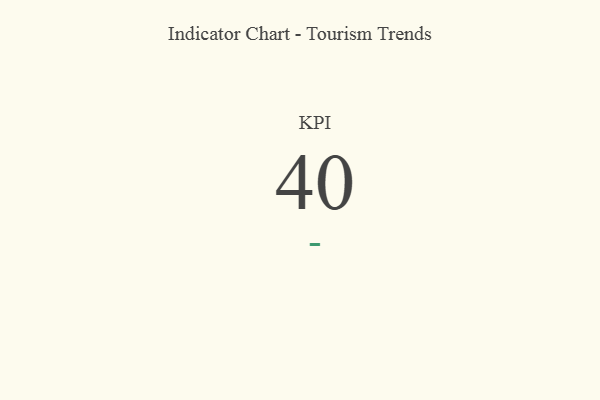
{"axis": {"x": "KPI", "y": "Value"}, "legend": [""], "data": [{"x": "KPI", "y": 40, "type": ""}]}